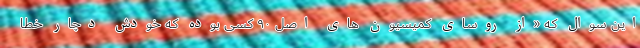
این سوال که «از روسای کمیسیون های اصل ۹۰ کسی بوده که خودش دچار خطا